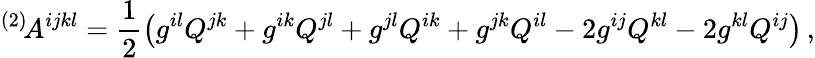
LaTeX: {}^{(2)}\! A^{ijkl}=\frac 12\left(g^{il}Q^{jk}+g^{ik}Q^{jl}+g^{jl}Q^{ik}+g^{jk}Q^{il}-2g^{ij}Q^{kl}-2g^{kl}Q^{ij}\right)\, ,